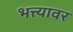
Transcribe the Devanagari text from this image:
भत्त्यावर